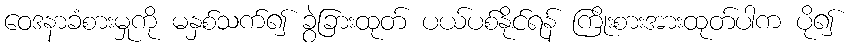
ဝေဒနာခံစားမှုကို မနှစ်သက်၍ ခွဲခြားထုတ် ပယ်ပစ်နိုင်ရန် ကြိုးစားအားထုတ်ပါက ပို၍